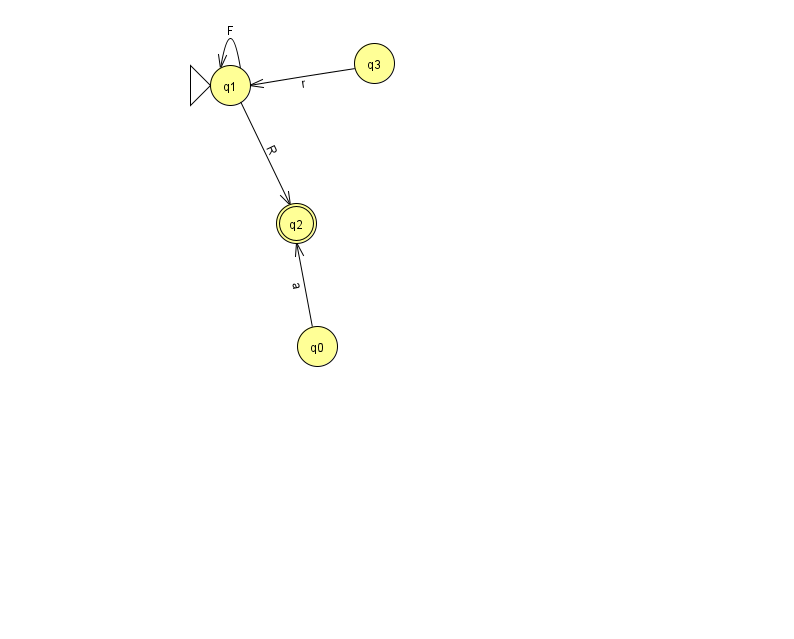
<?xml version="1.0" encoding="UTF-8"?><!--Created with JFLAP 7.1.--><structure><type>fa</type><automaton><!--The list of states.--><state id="0" name="q0"><x>317.0</x><y>333.0</y></state><state id="1" name="q1"><x>230.0</x><y>72.0</y><initial/></state><state id="2" name="q2"><x>296.0</x><y>210.0</y><final/></state><state id="3" name="q3"><x>374.0</x><y>50.0</y></state><!--The list of transitions.--><transition><from>3</from><to>1</to><read>r</read></transition><transition><from>1</from><to>1</to><read>F</read></transition><transition><from>0</from><to>2</to><read>a</read></transition><transition><from>1</from><to>2</to><read>R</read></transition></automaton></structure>